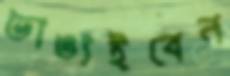
ভাঙাইবেন